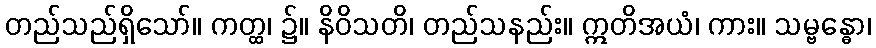
တည်သည်ရှိသော်။ ကတ္ထ၊ ၌။ နိဝိသတိ၊ တည်သနည်း။ ဣတိအယံ၊ ကား။ သမ္ဗန္ဓော၊